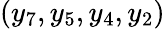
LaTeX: (y_{7},y_{5},y_{4},y_{2})